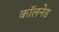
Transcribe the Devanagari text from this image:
कॉलनेड